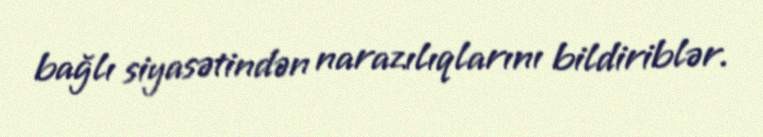
bağlı siyasətindən narazılıqlarını bildiriblər.